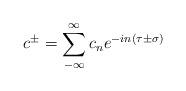
LaTeX: \begin{align*}c^{\pm}= \sum\limits_{- \infty}^{\infty} c_n e^{-in \left( \tau \pm\sigma \right)}\end{align*}